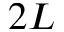
2 L